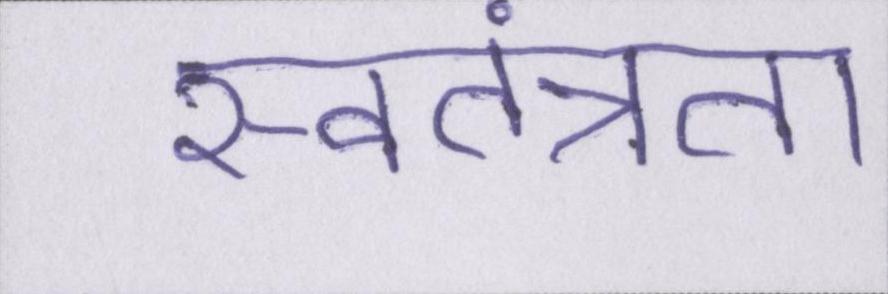
स्वतंत्रता